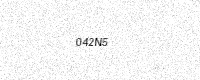
Text: 042N5